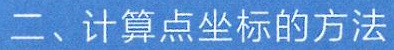
二、计算点坐标的方法